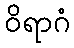
ဝိရာဂံ